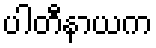
ပါတီနာယက